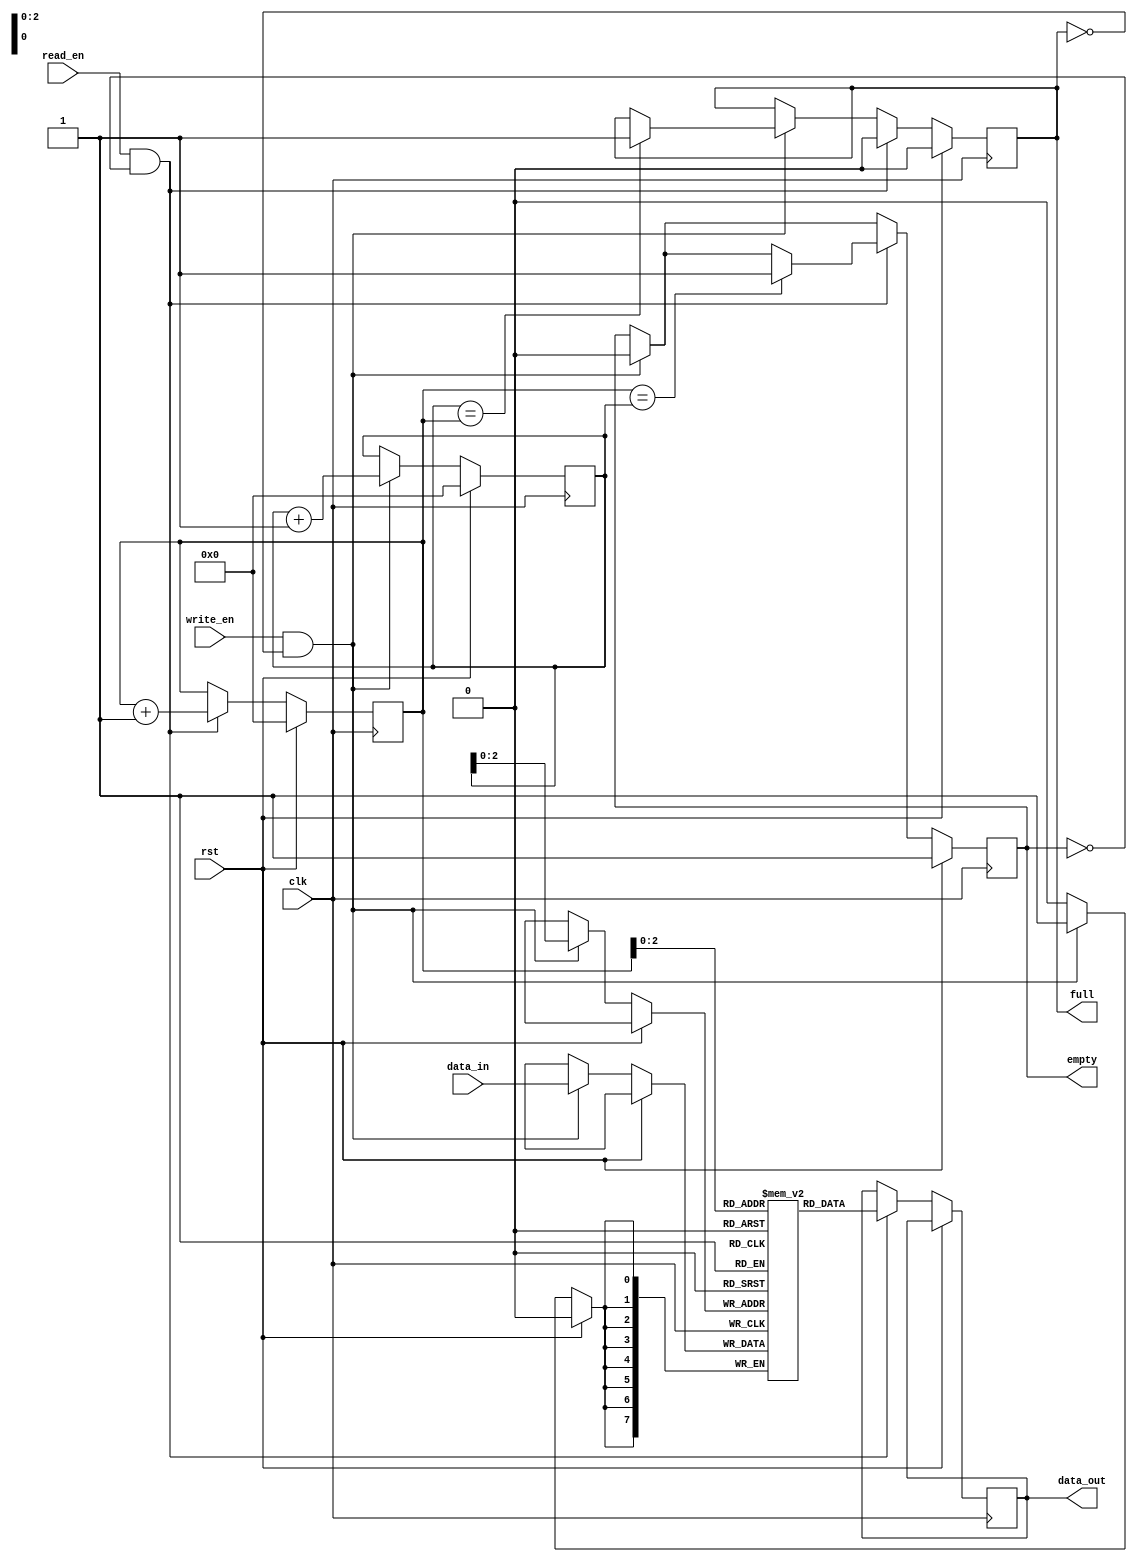
module synchronous_fifo (
    input wire clk,
    input wire rst,
    input wire write_en,
    input wire read_en,
    input wire [7:0] data_in,
    output reg [7:0] data_out,
    output reg full,
    output reg empty
);

reg [15:0] write_ptr;
reg [15:0] read_ptr;
reg [7:0] fifo [7:0];

always @(posedge clk) begin
    if (rst) begin
        write_ptr <= 0;
        read_ptr <= 0;
        full <= 0;
        empty <= 1;
    end else begin
        if (write_en && !full) begin
            fifo[write_ptr] <= data_in;
            write_ptr <= write_ptr + 1;
            if (write_ptr == read_ptr)
                full <= 1;
            empty <= 0;
        end

        if (read_en && !empty) begin
            data_out <= fifo[read_ptr];
            read_ptr <= read_ptr + 1;
            if (read_ptr == write_ptr)
                empty <= 1;
            full <= 0;
        end
    end
end

endmodule